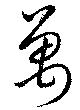
万